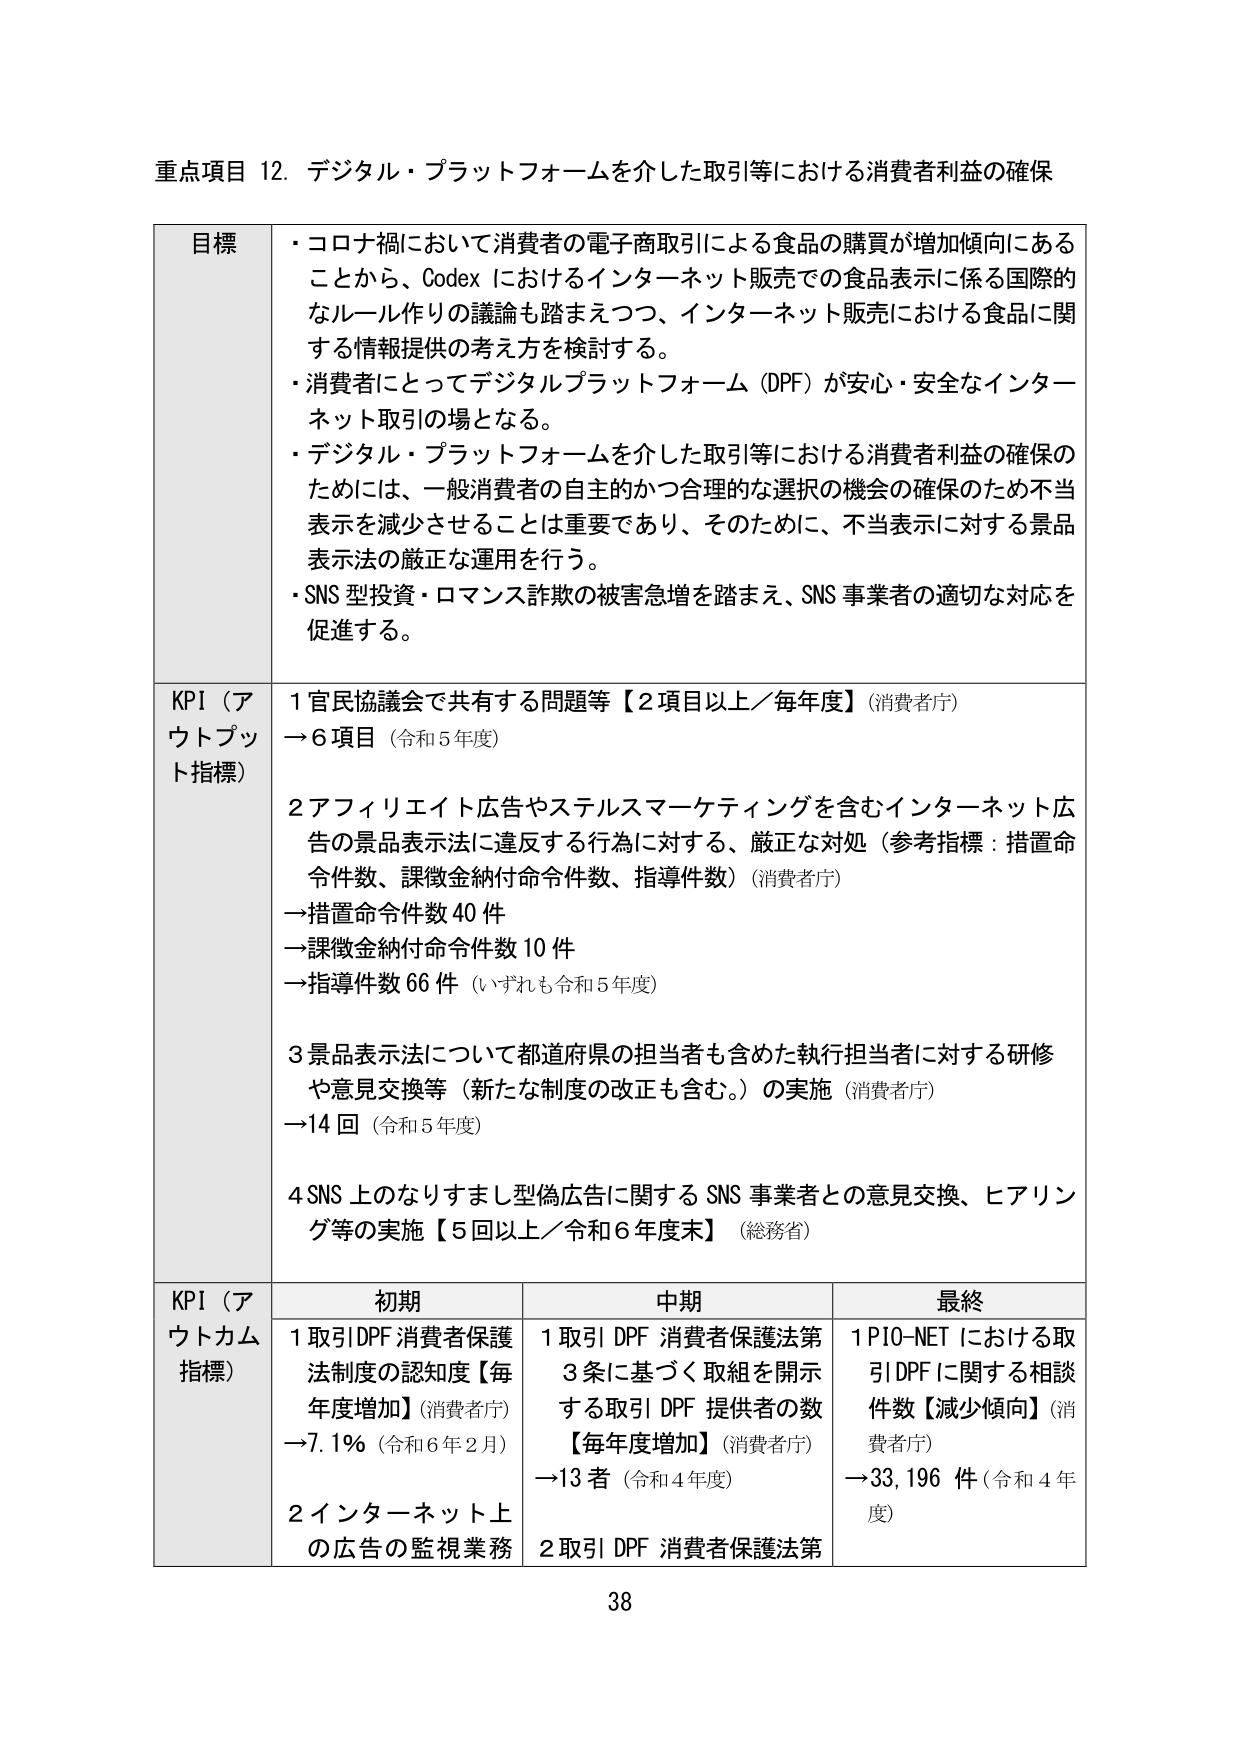
重点項目 12. デジタル・プラットフォームを介した取引等における消費者利益の確保

目標
・コロナ禍において消費者の電子商取引による食品の購買が増加傾向にあることから、Codex におけるインターネット販売での食品表示に係る国際的なルール作りの議論も踏まえつつ、インターネット販売における食品に関する情報提供の考え方を検討する。
・消費者にとってデジタルプラットフォーム (DPF) が安心・安全なインターネット取引の場となる。
・デジタル・プラットフォームを介した取引等における消費者利益の確保のためには、一般消費者の自主的かつ合理的な選択の機会の確保のため不当表示を減少させることは重要であり、そのためには、不当表示に対する景品表示法の厳正な運用を行う。
・SNS 型投資・ロマンス詐欺の被害急増を踏まえ、SNS 事業者の適切な対応を促進する。

KPI（アウトプット指標）
1 官民協議会で共有する問題等【2項目以上／毎年度】（消費者庁）
→6項目（令和5年度）

2 アフィリエイト広告やステルスマーケティングを含むインターネット広告の景品表示法に違反する行為に対する、厳正な対処（参考指標：措置命令件数、課徴金納付命令件数、指導件数）（消費者庁）
→措置命令件数 40 件
→課徴金納付命令件数 10 件
→指導件数 66 件（いずれも令和5年度）

3 景品表示法について都道府県の担当者も含めた執行担当者に対する研修や意見交換等（新たな制度の改正も含む。）の実施（消費者庁）
→14 回（令和5年度）

4 SNS 上のなりすまし型偽広告に関する SNS 事業者との意見交換、ヒアリング等の実施【5回以上／令和6年度末】（総務省）

KPI（アウトカム指標）
初期 中期 最終
1 取引DPF 消費者保護法制度の認知度【毎年度増加】（消費者庁）
→7.1%（令和6年2月） 1 取引 DPF 消費者保護法第3条に基づく取組を開示する取引 DPF 提供者の数【毎年度増加】（消費者庁）
→13 者（令和4年度） 1 PIO-NET における取引DPF に関する相談件数【減少傾向】（消費者庁）
→33,196 件（令和4年度）
2 インターネット上の広告の監視業務 2 取引 DPF 消費者保護法第

38